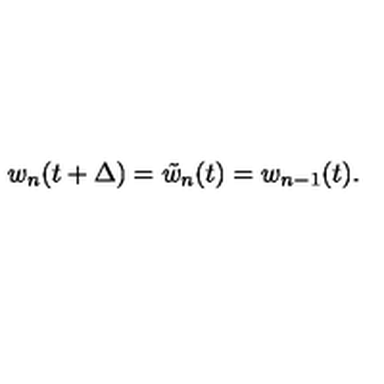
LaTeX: w _ { n } ( t + \Delta ) = \tilde { w } _ { n } ( t ) = w _ { n - 1 } ( t ) .